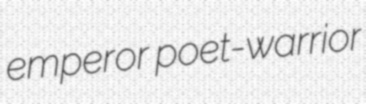
emperor poet-warrior